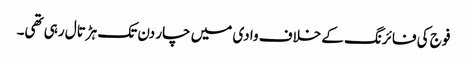
فوج کی فائرنگ کے خلاف وادی میں چار دن تک ہڑتال رہی تھی۔